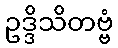
ဥဒ္ဒိသိတဗ္ဗံ